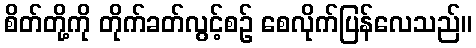
စိတ်တို့ကို တိုက်ခတ်လွင့်စဉ် စေလိုက်ပြန်လေသည်။